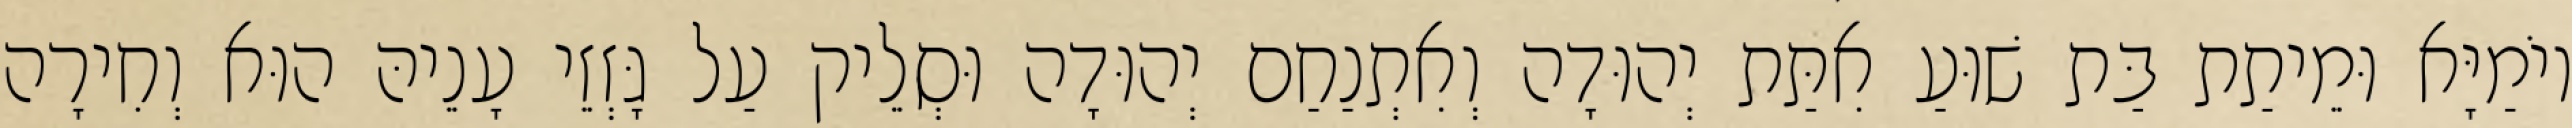
יוֹמַיָּא וּמֵיתַת בַּת שׁוּעַ אִתַּת יְהוּדָה וְאִתְנַחַם יְהוּדָה וּסְלֵיק עַל גָּזְזֵי עָנֵיהּ הוּא וְחִירָה